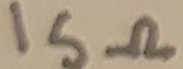
Text: 15Ω